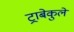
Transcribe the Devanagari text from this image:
ट्राबेकुले